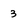
Character: 3